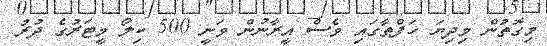
މިގޮތުން މިދިޔަ ހަފްތާގައި ވެސް އީރާނުން ވަނީ 500 ކިލޯ މީޓަރުގެ ދުރު